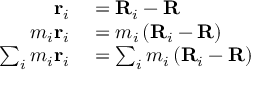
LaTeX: \sum _ { n = 1 } ^ { \infty } d ( n ) x ^ { n } = \sum _ { a = 1 } ^ { \infty } \sum _ { b = 1 } ^ { \infty } x ^ { a b }